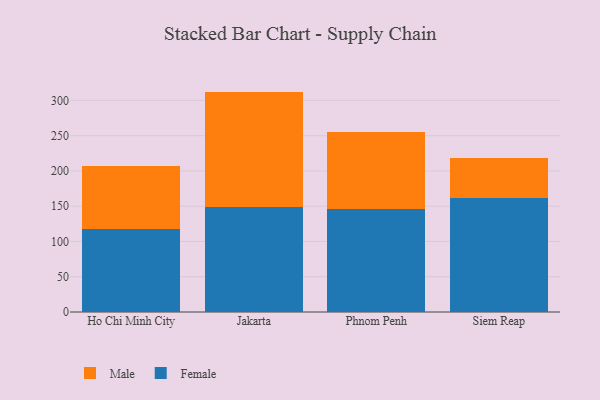
{"axis": {"x": "City", "y": "Shipments"}, "legend": ["Female", "Male"], "data": [{"x": "Ho Chi Minh City", "y": 117.6, "type": "Female"}, {"x": "Ho Chi Minh City", "y": 90.1, "type": "Male"}, {"x": "Jakarta", "y": 149.0, "type": "Female"}, {"x": "Jakarta", "y": 163.5, "type": "Male"}, {"x": "Phnom Penh", "y": 146.0, "type": "Female"}, {"x": "Phnom Penh", "y": 108.9, "type": "Male"}, {"x": "Siem Reap", "y": 161.6, "type": "Female"}, {"x": "Siem Reap", "y": 56.6, "type": "Male"}]}